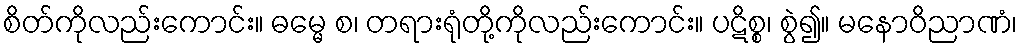
စိတ်ကိုလည်းကောင်း။ ဓမ္မေ စ၊ တရားရုံတို့ကိုလည်းကောင်း။ ပဋိစ္စ၊ စွဲ၍။ မနောဝိညာဏံ၊